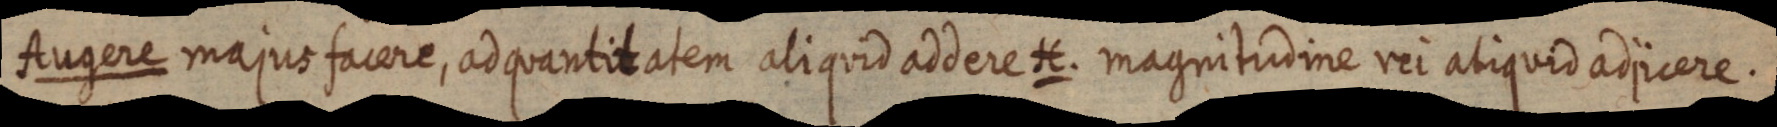
Augere majus facere, ad quantitatem aliquid addere H. magnitudine rei aliquid adjicere.